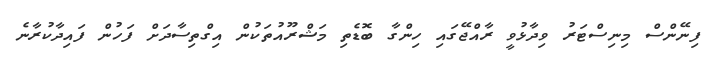
ފިނޭންސް މިނިސްޓަރު ވިދާޅުވީ ރާއްޖޭގައި ހިންގާ ބޮޑެތި މަޝްރޫއުތަކުން އިގްތިސާދަށް ފަހުން ފައިދާކުރާނެ